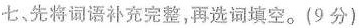
七，先将词语补充完整，再选词填空。(9分)